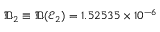
\mathfrak { D } _ { 2 } \equiv \mathfrak { D } ( \mathcal { E } _ { 2 } ) = 1 . 5 2 5 3 5 \times 1 0 ^ { - 6 }